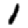
Digit: 1